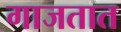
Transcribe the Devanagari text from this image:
गाजतात